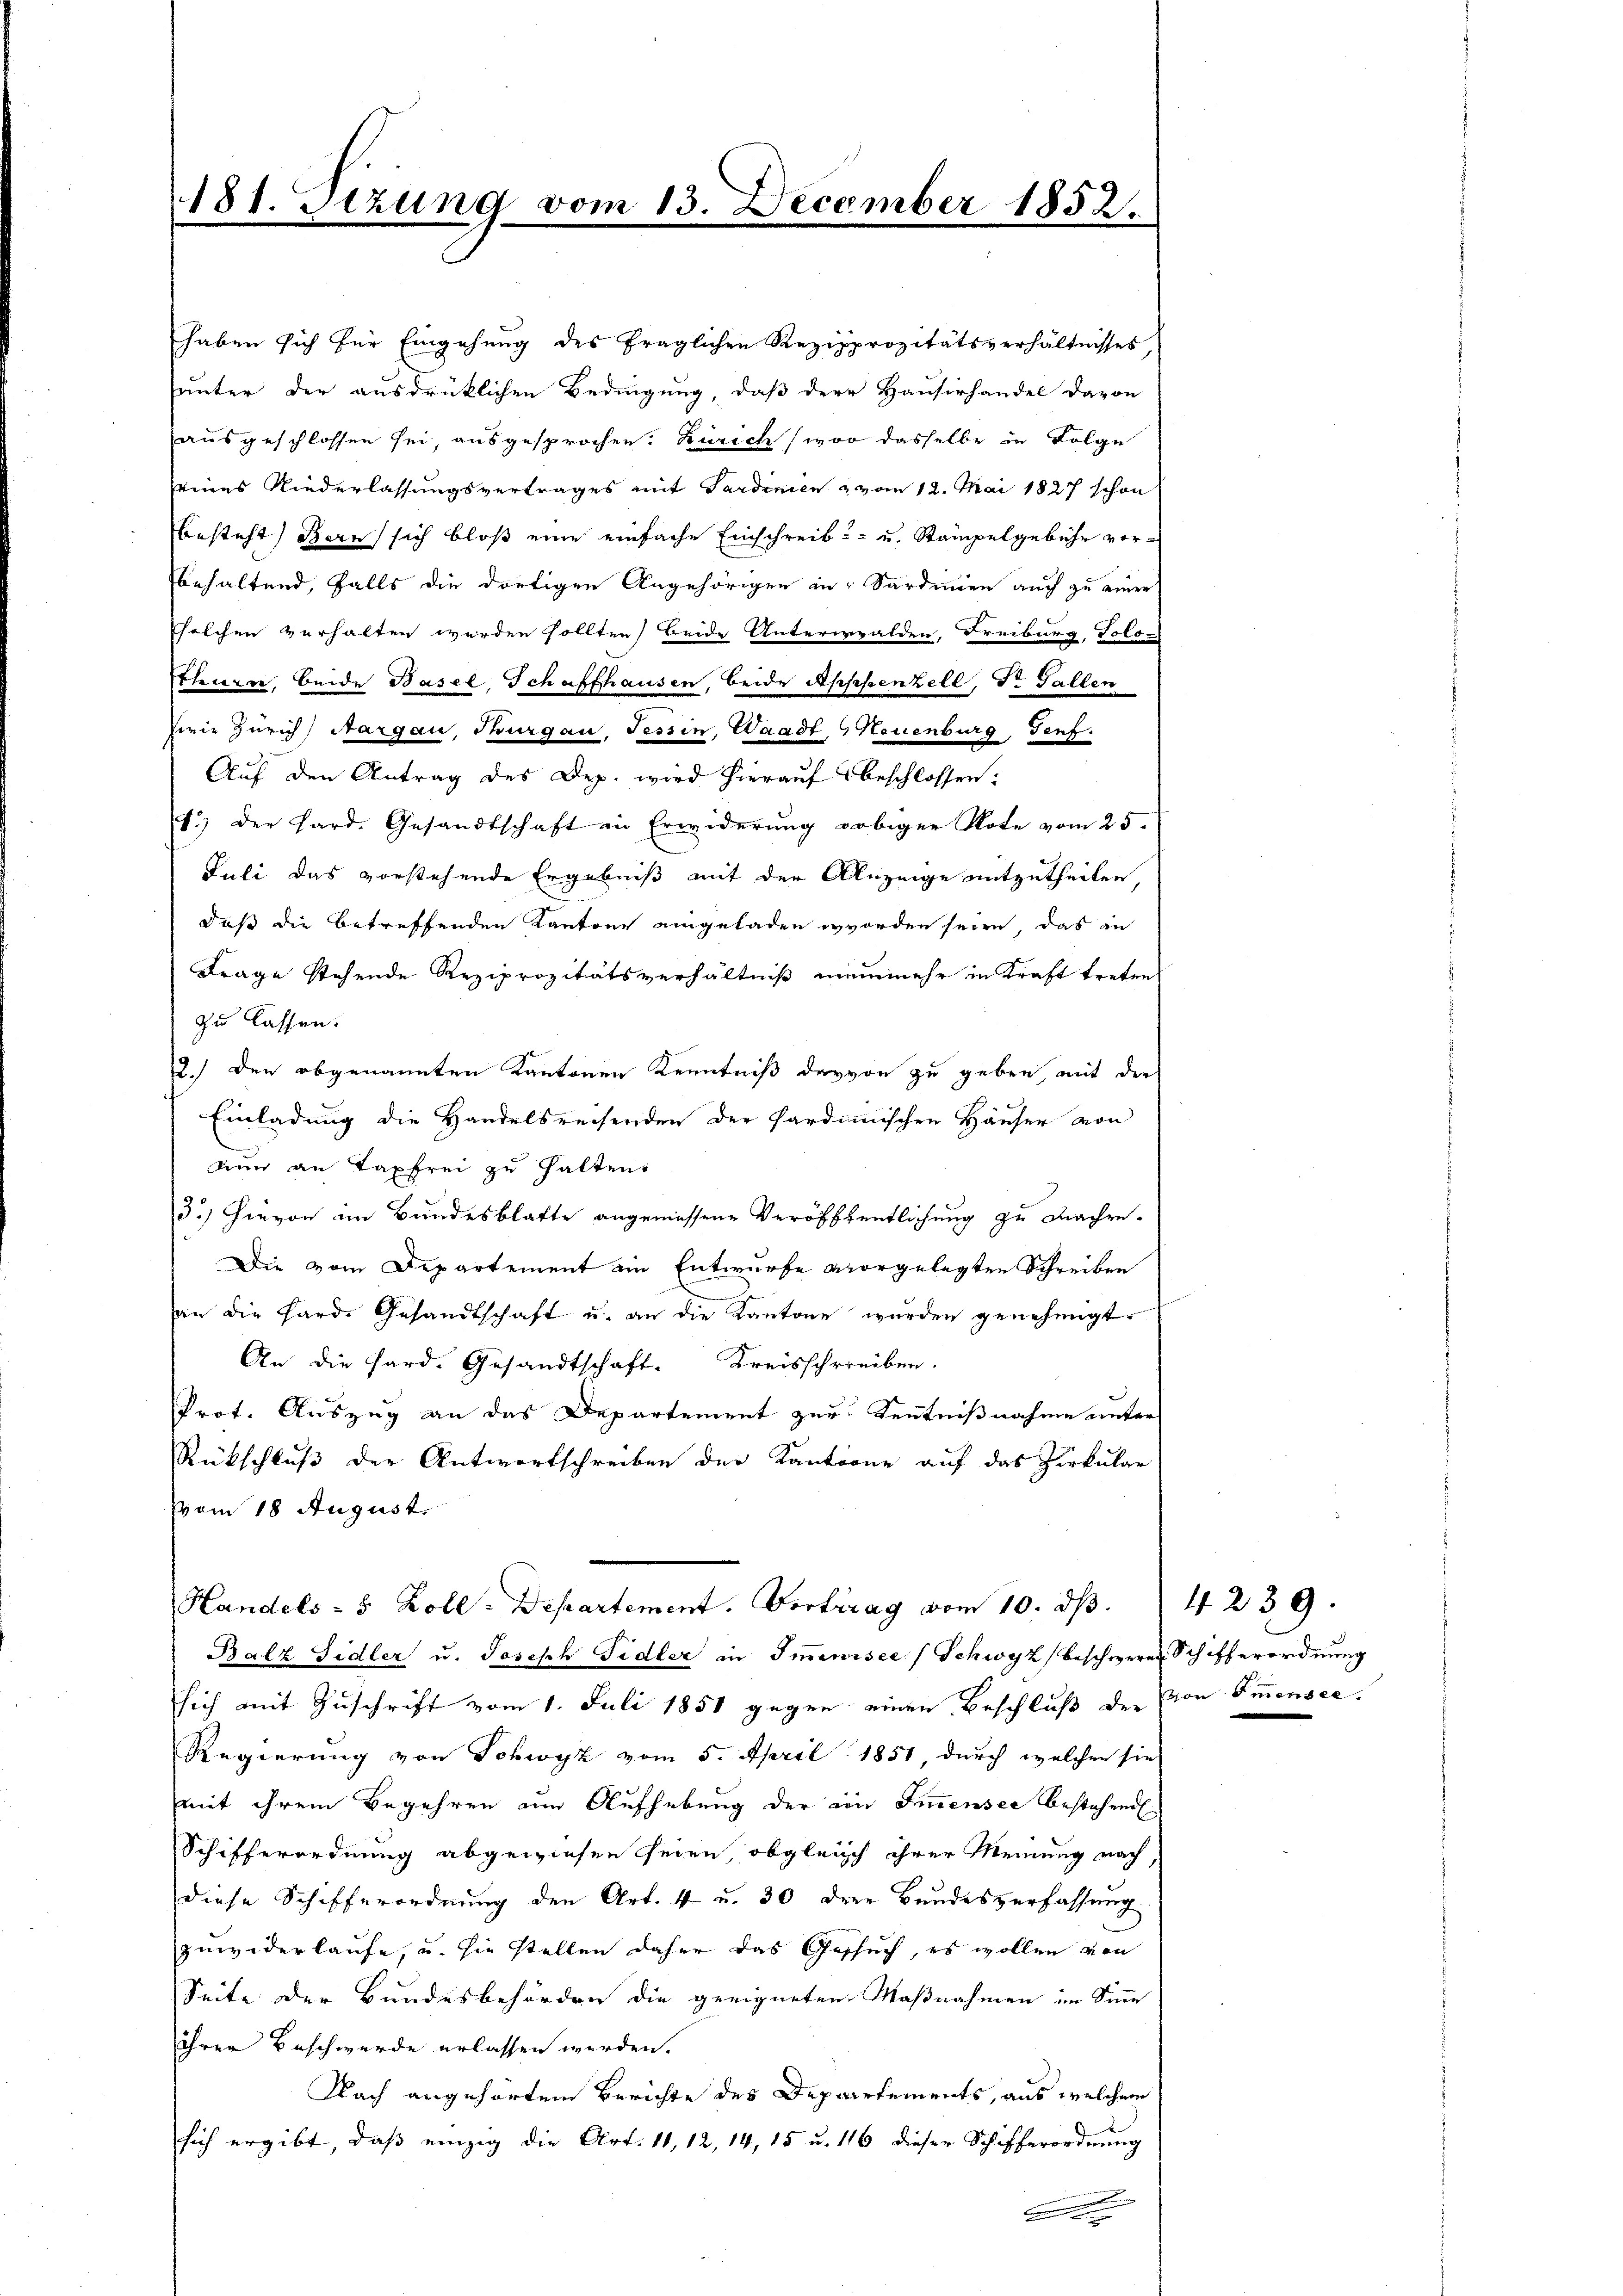
181. Sitzung vom 13. December 1852.

haben sich für Eingehung des fraglichen Rezipprozitätsverhältnisses
unter der ausdrücklichen Bedingung, daß dere Hausirhandel davon
ausgeschlossen sei, ausgesprochen: Zürich (woo dasselbe in Folge
seines Niederlassungsvertrages mit Sardinien & vom 12. Mai 1827 schon
besteht) Bern sich bloß eine einfache Einschreib- u. Stampelgebühr vorbehaltend, falls die dortigen Angehörigen in Sardinien auch zu einer
solchen verhalten werden sollten) beide Untererwalden, Freiburg, Solo-
thurn, beide Basel, Schaffhausen, beide Appenzell, Dr. Gallen
zwie Zürich, Aargau, Thurgau, Tessin, Waadt, Neuenburg, Genf.
Auf den Antrag des Dep. wird hierauf beschlossen:
4) der Hard-Gesandtschaft in Erwiderŭng obiger Note vom 25.
Juli das vorstehende Ergebniß mit der Anzeige mitzutheilen
daß die betreffenden Kantone eingeladen worden seien, das in
Frage stehende Reziprozitätsverhältniß meinmehr in Kraft treten
zu lassen.
2.) Den abgenannten Kantonen Kenntniß darvon zu geben, mit der
Einladung die Handelsreisenden der Sardinischen Häuser von
nun an Taxfrei zu halten
3.) Hievon im Bundesblatte angeniessene Veröffentlichung zu machen-
Die vom Departement ein Entwurfe vorgelegten Schreiben
an die Hard. Gesandtschaft u. an die Kantone werden genehmigt.
An die Hard. Gesandtschaft. Kreisschreiben.
Prot. Auszug an das Departement zur Kenntnißnahme unter
Rückschluß der Antwortschreiben der Kantone auf das Zirkular
vom 18 August.
Handels- 5 Zoll-Departement. Vortrag vom 10. dβ.
Balz Sidler u. Joseph Fidler in Imminisce (Schwyz beschweren Schifferordnung
sich mit Zuschrift vom 1. Juli 1858 gegen einen Beschluß der von Immensee.
Regierung von Schwyz vom 5. April 1851, durch welchen sie
mit ihrem Begehren zum Aufhebung der von Immensee bestehend
Schifferordnung abgewiesen seien, obgleich ihrer Meinung nach,
diese Schifferordnung den Art. 4 u. 30 dere Bundesverfassung
zuwiderlaufe, u. sie stellen daher das Geschuch, es wollen von
Seite der Bundesbehörden die geeigneten Maßnahmen im Sinne
ihrer Beschwerde erlassen werden.
Nach angehörtem Berichte des Departements, aus welchem
sich ergibt, daß einzig die Art. 11, 12, 14, 15 u. 116 dieser Schifferordnung
C

4239.